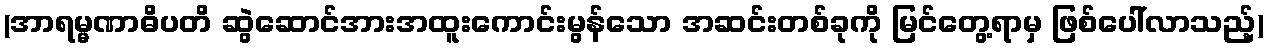
(အာရမ္မဏာဓိပတိ ဆွဲဆောင်အားအထူးကောင်းမွန်သော အဆင်းတစ်ခုကို မြင်တွေ့ရာမှ ဖြစ်ပေါ်လာသည့်)